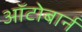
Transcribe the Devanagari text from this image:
ऑटोबार्न